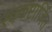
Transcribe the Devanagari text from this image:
स्वकष्टार्जित